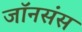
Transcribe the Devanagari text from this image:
जॉनसंस